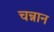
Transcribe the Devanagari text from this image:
चन्नान